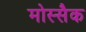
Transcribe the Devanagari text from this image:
मोस्सैक